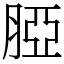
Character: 𦜖